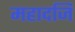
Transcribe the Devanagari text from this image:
महादजि